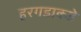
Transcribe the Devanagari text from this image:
हरगडाकडे